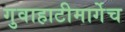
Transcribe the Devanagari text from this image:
गुवाहाटीमार्गेच